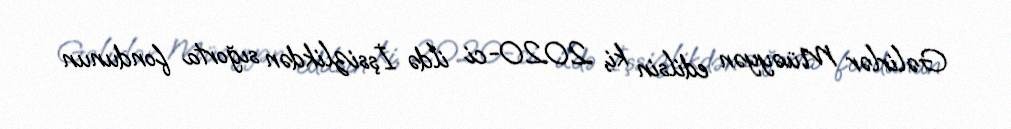
Gəlirlər Müəyyən edilsin ki, 2020-ci ildə İşsizlikdən sığorta fondunun